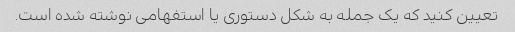
تعیین کنید که یک جمله به شکل دستوری یا استفهامی نوشته شده است.